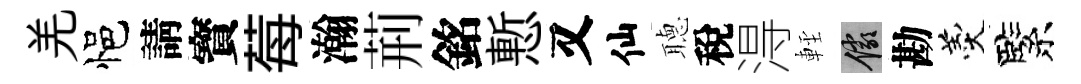
羌悒請寳莓瀚荊銘慙又仙𦗟稅淂䡖儼勘羹緊